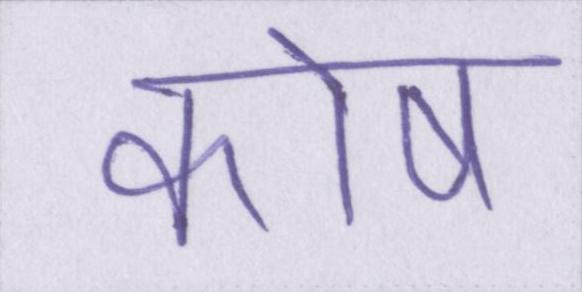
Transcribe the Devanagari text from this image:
कोष